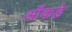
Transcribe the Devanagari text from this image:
आँकडे़